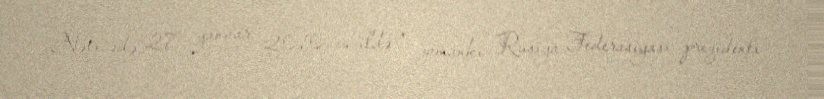
Nəticədə, 27 yanvar 2010-cu ildə o zamankı Rusiya Federasiyası prezidenti